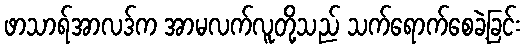
ဖာသာရ်အာလဒ်က အာမလက်လူတို့သည် သက်ရောက်စေခဲ့ခြင်း